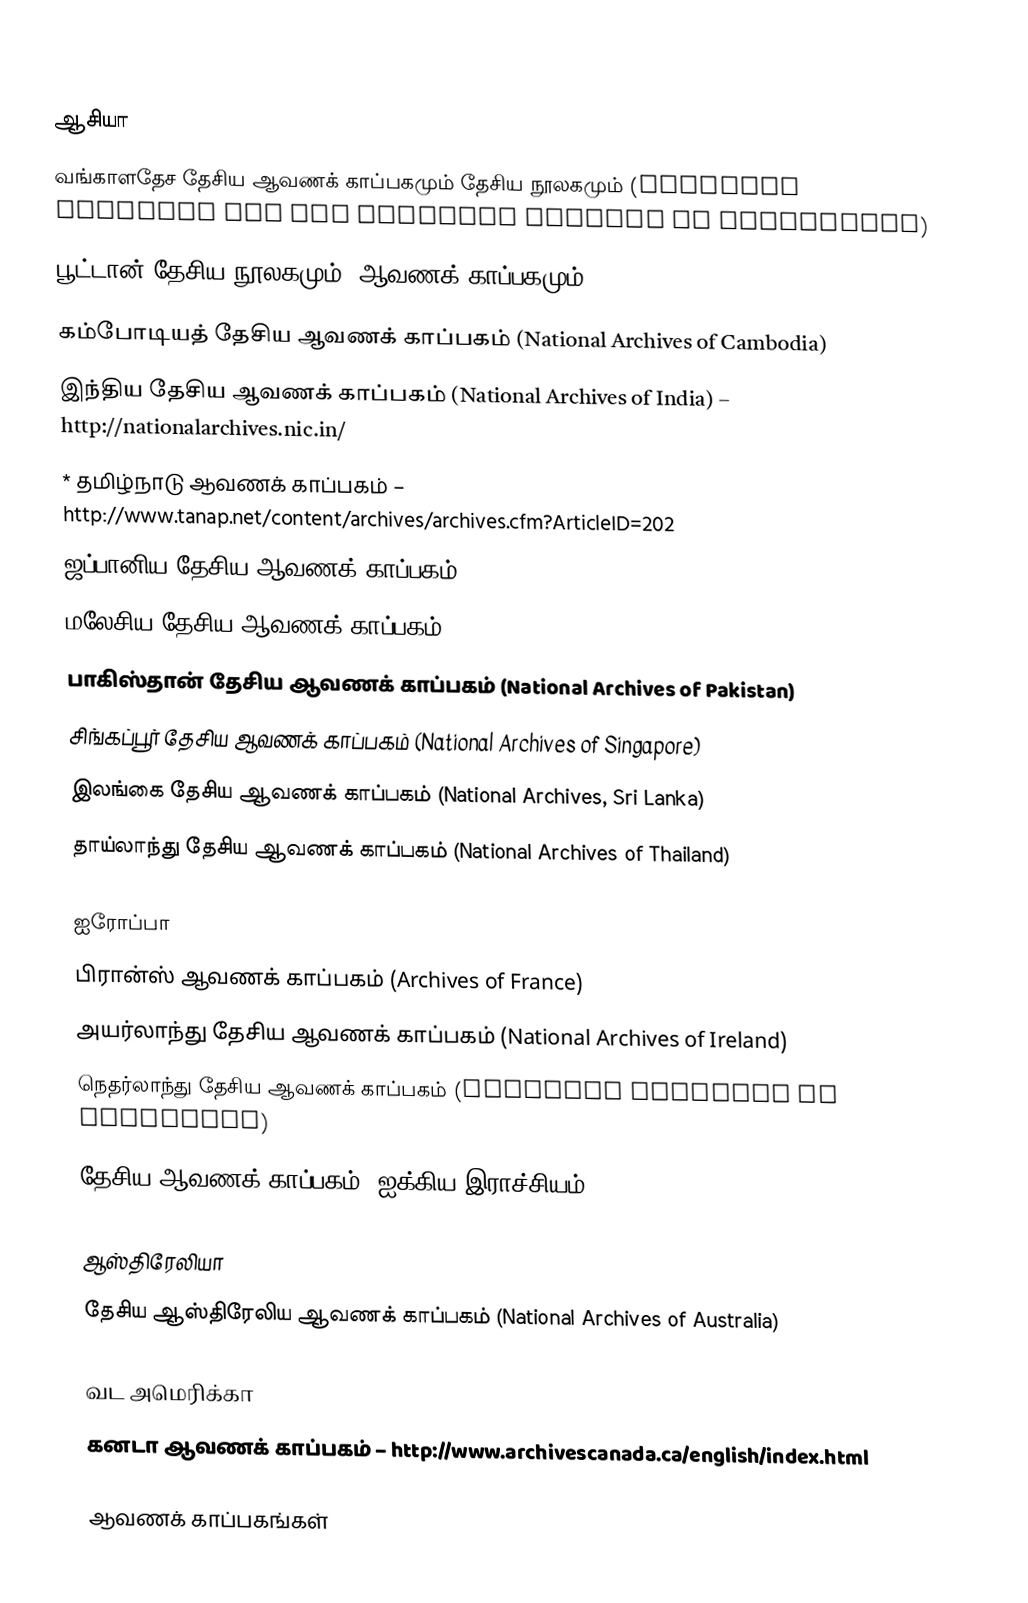

ஆசியா
 வங்காளதேச தேசிய ஆவணக் காப்பகமும் தேசிய நூலகமும் (National Archives and the National Library of Bangladesh)
 பூட்டான் தேசிய நூலகமும், ஆவணக் காப்பகமும் (National Library and Archives of Bhuran)
 கம்போடியத் தேசிய ஆவணக் காப்பகம் (National Archives of Cambodia)
 இந்திய தேசிய ஆவணக் காப்பகம் (National Archives of India) – http://nationalarchives.nic.in/
 * தமிழ்நாடு ஆவணக் காப்பகம் – http://www.tanap.net/content/archives/archives.cfm?ArticleID=202
 ஜப்பானிய தேசிய ஆவணக் காப்பகம் (National Archives of Japan)
 மலேசிய தேசிய ஆவணக் காப்பகம் (National Archives of Malaysia)
 பாகிஸ்தான் தேசிய ஆவணக் காப்பகம் (National Archives of Pakistan)
 சிங்கப்பூர் தேசிய ஆவணக் காப்பகம் (National Archives of Singapore)
 இலங்கை தேசிய ஆவணக் காப்பகம் (National Archives, Sri Lanka)
 தாய்லாந்து தேசிய ஆவணக் காப்பகம் (National Archives of Thailand)

ஐரோப்பா
 பிரான்ஸ் ஆவணக் காப்பகம் (Archives of France)
 அயர்லாந்து தேசிய ஆவணக் காப்பகம் (National Archives of Ireland)
 நெதர்லாந்து தேசிய ஆவணக் காப்பகம் (National Archives of Nederland)
 தேசிய ஆவணக் காப்பகம், ஐக்கிய இராச்சியம் (National Archives, United Kingdom)

ஆஸ்திரேலியா
 தேசிய ஆஸ்திரேலிய ஆவணக் காப்பகம் (National Archives of Australia)

வட அமெரிக்கா
 கனடா ஆவணக் காப்பகம் – http://www.archivescanada.ca/english/index.html

 ஆவணக் காப்பகங்கள்